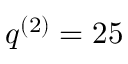
q ^ { ( 2 ) } = 2 5